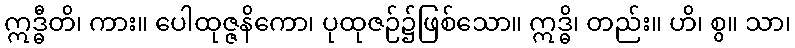
ဣဒ္ဓီတိ၊ ကား။ ပေါထုဇ္ဇနိကော၊ ပုထုဇဉ်၌ဖြစ်သော။ ဣဒ္ဓိ၊ တည်း။ ဟိ၊ စွ။ သာ၊